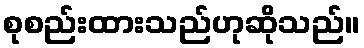
စုစည်းထားသည်ဟုဆိုသည်။